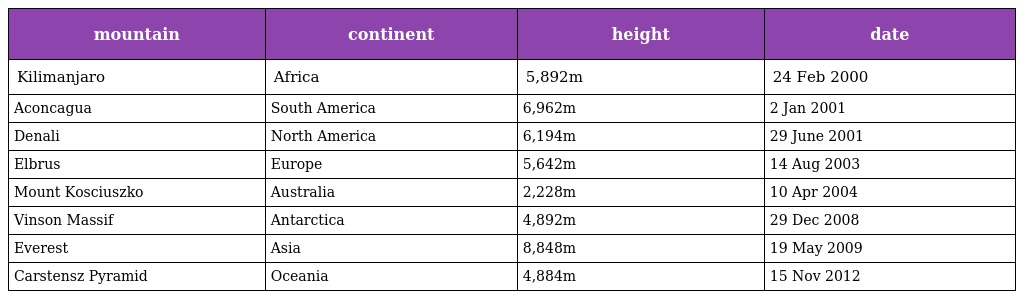
| mountain | continent | height | date |
 | --- | --- | --- | --- |
 | Kilimanjaro | Africa | 5,892m | 24 Feb 2000 |
 | Aconcagua | South America | 6,962m | 2 Jan 2001 |
 | Denali | North America | 6,194m | 29 June 2001 |
 | Elbrus | Europe | 5,642m | 14 Aug 2003 |
 | Mount Kosciuszko | Australia | 2,228m | 10 Apr 2004 |
 | Vinson Massif | Antarctica | 4,892m | 29 Dec 2008 |
 | Everest | Asia | 8,848m | 19 May 2009 |
 | Carstensz Pyramid | Oceania | 4,884m | 15 Nov 2012 |